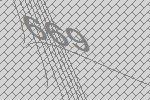
669